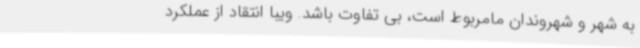
به شهر و شهروندان مامربوط است، بی تفاوت باشد. ویبا انتقاد از عملکرد